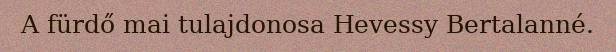
A fürdő mai tulajdonosa Hevessy Bertalanné.